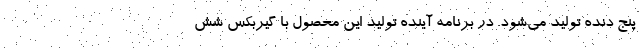
پنج دنده تولید می‌شود. در برنامه آینده تولید این محصول با گیربکس شش